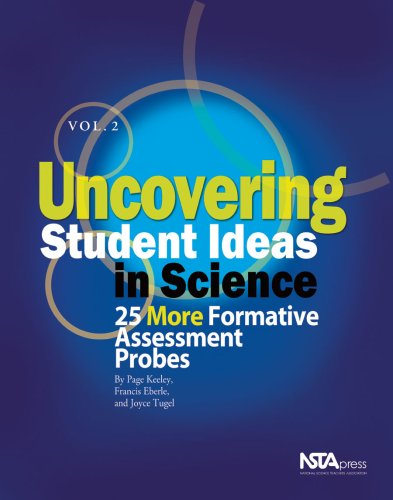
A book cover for Uncovering Student Ideas in Science, Volume 2: 25 More Formative Assessment Probes; Page Keeley; Science & Math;